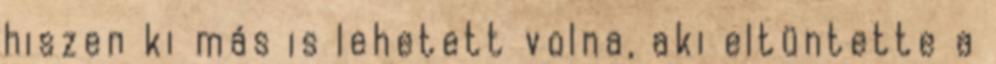
hiszen ki más is lehetett volna, aki eltüntette a